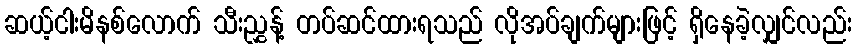
ဆယ့်ငါးမိနစ်လောက် သီးညွှန့် တပ်ဆင်ထားရသည် လိုအပ်ချက်များဖြင့် ရှိနေခဲ့လျှင်လည်း